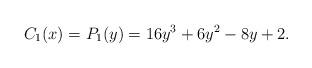
LaTeX: \begin{align*} C_1(x) = P_1(y) = 16y^3 + 6y^2 - 8y + 2 . \end{align*}